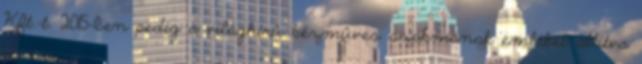
Kft.-t. 2015-ben pedig a világhírû kézmûves szakmának emléket állítva